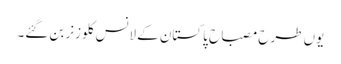
یوں طرح مصباح پاکستان کے لانس کلوزنر بن گئے۔